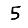
Digit: 5